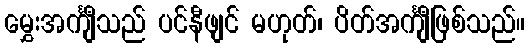
မွှေးအင်္ကျီသည် ပင်နီဖျင် မဟုတ်၊ ပိတ်အင်္ကျီဖြစ်သည်။